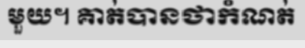
មួយ។ គាត់បានថាកំណត់